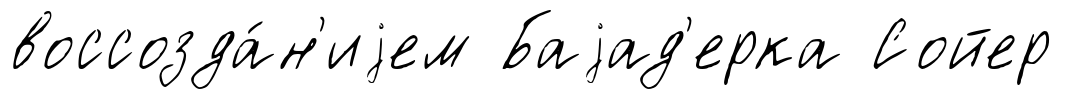
воссозда́н'иjем Баjад'ерка Сойер